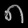
Digit: ၈